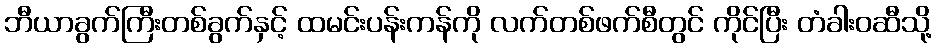
ဘီယာခွက်ကြီးတစ်ခွက်နှင့် ထမင်းပန်းကန်ကို လက်တစ်ဖက်စီတွင် ကိုင်ပြီး တံခါးဝဆီသို့